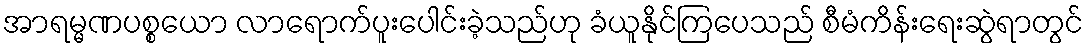
အာရမ္မဏပစ္စယော လာရောက်ပူးပေါင်းခဲ့သည်ဟု ခံယူနိုင်ကြပေသည် စီမံကိန်းရေးဆွဲရာတွင်